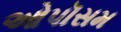
ઓપૉસમ